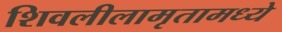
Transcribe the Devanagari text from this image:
शिवलीलामृतामध्ये